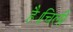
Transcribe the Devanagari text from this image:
है।चिली